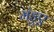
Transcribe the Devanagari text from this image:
मंडुए